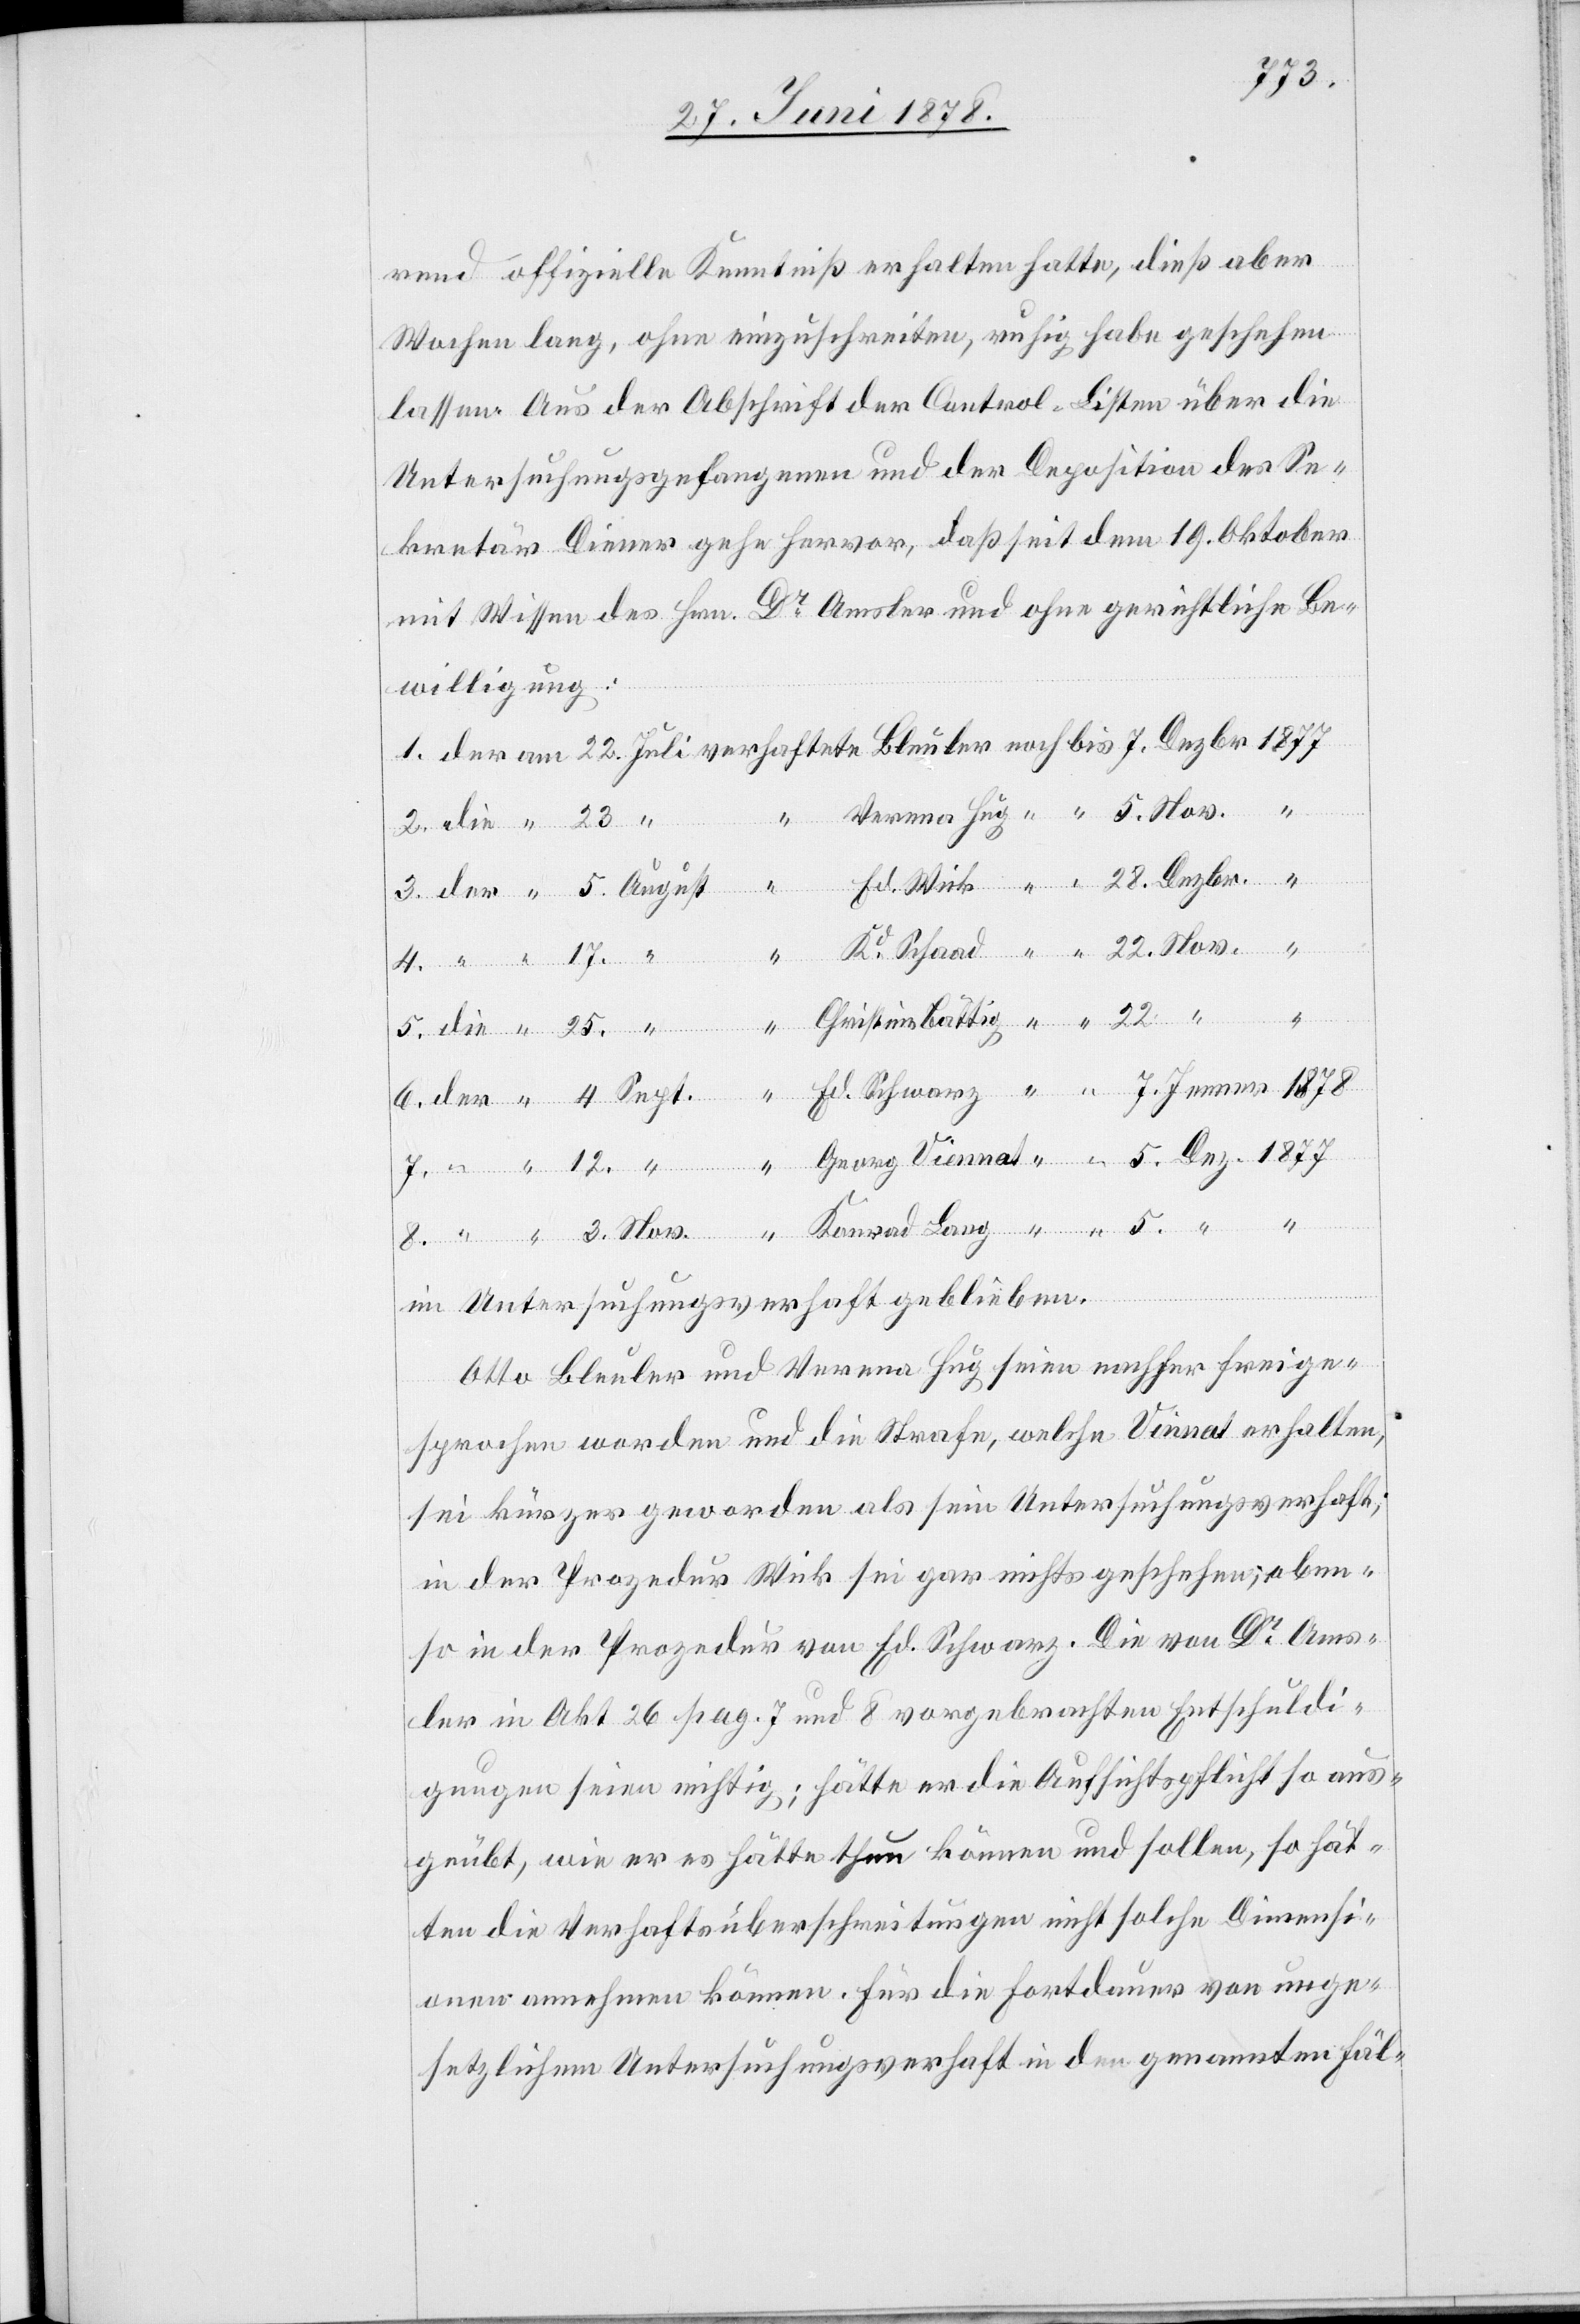
1878
rend offizielle Kenntniß erhalten hatte, dieß aber
Wochen lang, ohne einzuschreiten, ruhig habe geschehen
lassen. Aus der Abschrift der Central-Listen über die
Untersuchungsgefangenen und der Deposition des Se¬
kretär Diener gehe hervor, daß seit dem 19. Oktober
mit Wissen des Hrn. Dr Amsler und ohne gerichtliche Be¬
willigung:
5.
7. Jenner
so
im Untersuchungsverhaft geblieben.
Otto Bleuler und Verena Hug seien nachher freige¬
sprochen worden und die Strafe, welche Vinnat [sic!] erhalten,
sei kürzer geworden als sein Untersuchungsverhaft;
in der Prozedur Wicks sei gar nichts geschehen; oben¬
in der Prozedur von Ed. Schwarz. Die von Dr Ams¬
ler in Akt. 26 pag. 7 und 8 vorgebrachten Entschuldi¬
gungen seien nichtig, hätte er die Aufsichtspflicht so aus¬
geübt, wie er es hätte thun können und sollen, so hät¬
ten die Verhaftsüberschreitungen nicht solche Dimensi¬
onen annehmen können. Für die Fortdauer von unge¬
setzlichem Untersuchungsverhaft in den genannten Fäl-